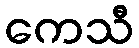
ကေသီ